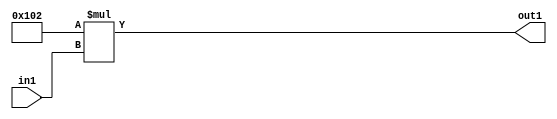
`timescale 1ps / 1ps
/*****************************************************************************
    Verilog RTL Description
    
    
    Created by: Stratus DpOpt 2019.1.01 
*******************************************************************************/

module DC_Filter_Mul2i258u2_4 (
	in1,
	out1
	); /* architecture "behavioural" */ 
input [1:0] in1;
output [10:0] out1;
wire [10:0] asc001;

assign asc001 = 
	+(11'B00100000010 * in1);

assign out1 = asc001;
endmodule

/* CADENCE  urn0SA4= : u9/ySgnWtBlWxVPRXgAZ4Og= ** DO NOT EDIT THIS LINE ******/